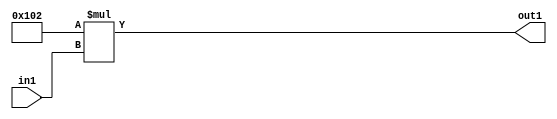
`timescale 1ps / 1ps
/*****************************************************************************
    Verilog RTL Description
    
    
    Created by: Stratus DpOpt 2019.1.01 
*******************************************************************************/

module DC_Filter_Mul2i258u2_4 (
	in1,
	out1
	); /* architecture "behavioural" */ 
input [1:0] in1;
output [10:0] out1;
wire [10:0] asc001;

assign asc001 = 
	+(11'B00100000010 * in1);

assign out1 = asc001;
endmodule

/* CADENCE  urn0SA4= : u9/ySgnWtBlWxVPRXgAZ4Og= ** DO NOT EDIT THIS LINE ******/